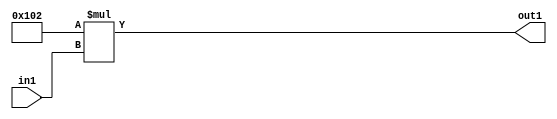
`timescale 1ps / 1ps
/*****************************************************************************
    Verilog RTL Description
    
    
    Created by: Stratus DpOpt 2019.1.01 
*******************************************************************************/

module DC_Filter_Mul2i258u2_4 (
	in1,
	out1
	); /* architecture "behavioural" */ 
input [1:0] in1;
output [10:0] out1;
wire [10:0] asc001;

assign asc001 = 
	+(11'B00100000010 * in1);

assign out1 = asc001;
endmodule

/* CADENCE  urn0SA4= : u9/ySgnWtBlWxVPRXgAZ4Og= ** DO NOT EDIT THIS LINE ******/